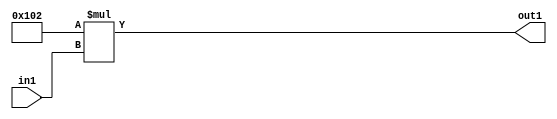
`timescale 1ps / 1ps
/*****************************************************************************
    Verilog RTL Description
    
    
    Created by: Stratus DpOpt 2019.1.01 
*******************************************************************************/

module DC_Filter_Mul2i258u2_4 (
	in1,
	out1
	); /* architecture "behavioural" */ 
input [1:0] in1;
output [10:0] out1;
wire [10:0] asc001;

assign asc001 = 
	+(11'B00100000010 * in1);

assign out1 = asc001;
endmodule

/* CADENCE  urn0SA4= : u9/ySgnWtBlWxVPRXgAZ4Og= ** DO NOT EDIT THIS LINE ******/